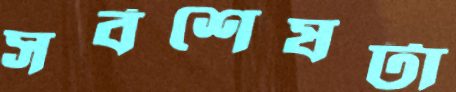
সর্বশেষটা